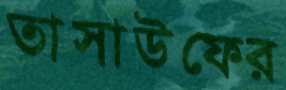
তাসাউফের